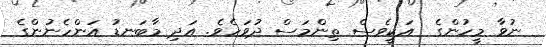
ނުވާ މީހުންގެ  އަކީވެސް ތިންމަސް ދުވަހެވެ. އަދި މާބަނޑު އަންހެނުންގެ